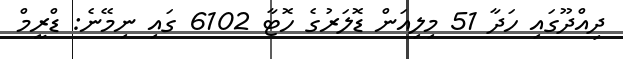
ދިއްދޫގައި ހަދާ 51 މިލިއަން ޑޮލަރުގެ ހޮޓާ 6102 ގައި ނިމޭނެ: ޑްރީމް